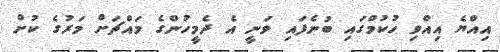
އިއްޔެ އިއްވި ހުކުމްގައި ބުނެފައި ވަނީ އެ ދެމީހުންގެ މައްޗަށް މަރުގެ ކުށް